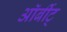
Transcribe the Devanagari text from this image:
ऑर्बीट्